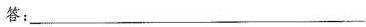
答：___